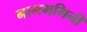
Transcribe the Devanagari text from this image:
नागभगिनी